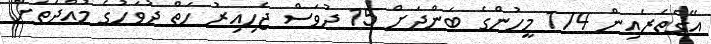
އޭގެތެރެއިން 174 މީހުންގެ ބަންދަށް 15 ދުވަސް ޖެހިއިރު ހަތް ދުވަހުގެ މުއްދަތަށް